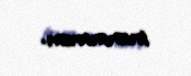
inanmıram.